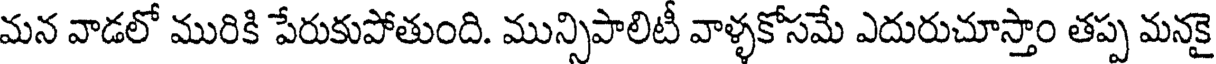
మన వాడలో మురికి పేరుకుపోతుంది. మున్సిపాలిటీ వాళ్ళకోసమే ఎదురుచూస్తాం తప్ప మనకై